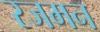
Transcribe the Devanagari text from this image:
रजमन